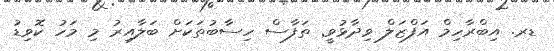
ޑރ. އިބްރާހިމް އަފްޒަލް ވިދާޅުވީ